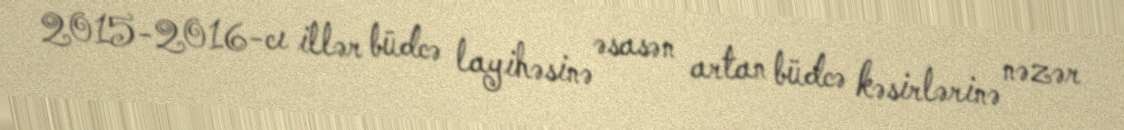
2015-2016-cı illər büdcə layihəsinə əsasən artan büdcə kəsirlərinə nəzər